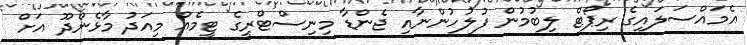
އެމައްސަލައިގެ ރިޕޯޓް ލިބުމުން ފުލުހުންނާއި ޖެންޑާ މިނިސްޓްރީގެ ޓީމެއް މިއަދު މާޅެންދޫ އަށް